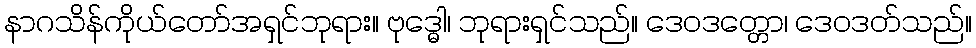
နာဂသိန်ကိုယ်တော်အရှင်ဘုရား။ ဗုဒ္ဓေါ၊ ဘုရားရှင်သည်။ ဒေဝဒတ္တော၊ ဒေဝဒတ်သည်။